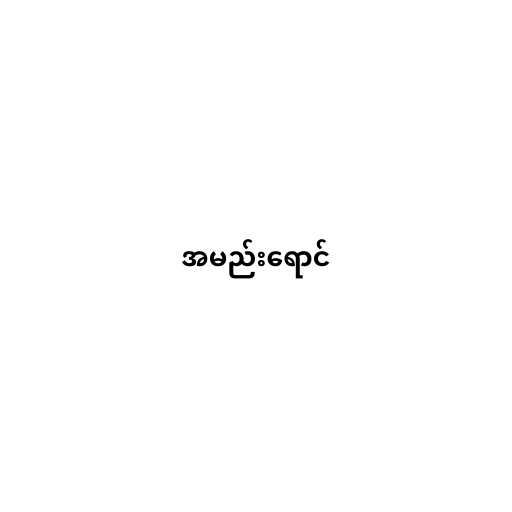
အမည်းရောင်